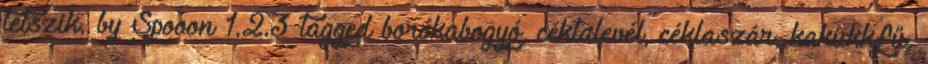
tetszik. by Spooon 1.2.3 tagged borókabogyó, céklalevél, céklaszár, kakukkfű,